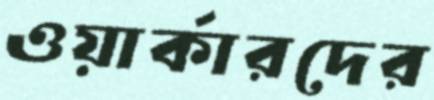
ওয়ার্কারদের